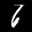
Label: 6